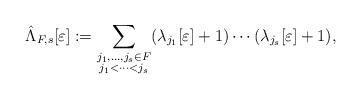
LaTeX: \begin{align*}\hat{\Lambda}_{F,s}[\varepsilon] := \sum_{\substack{j_1,\dots,j_s \in F \\ j_1<\dots<j_s}} (\lambda_{j_1}[\varepsilon] +1) \cdots (\lambda_{j_s}[\varepsilon]+1), \end{align*}